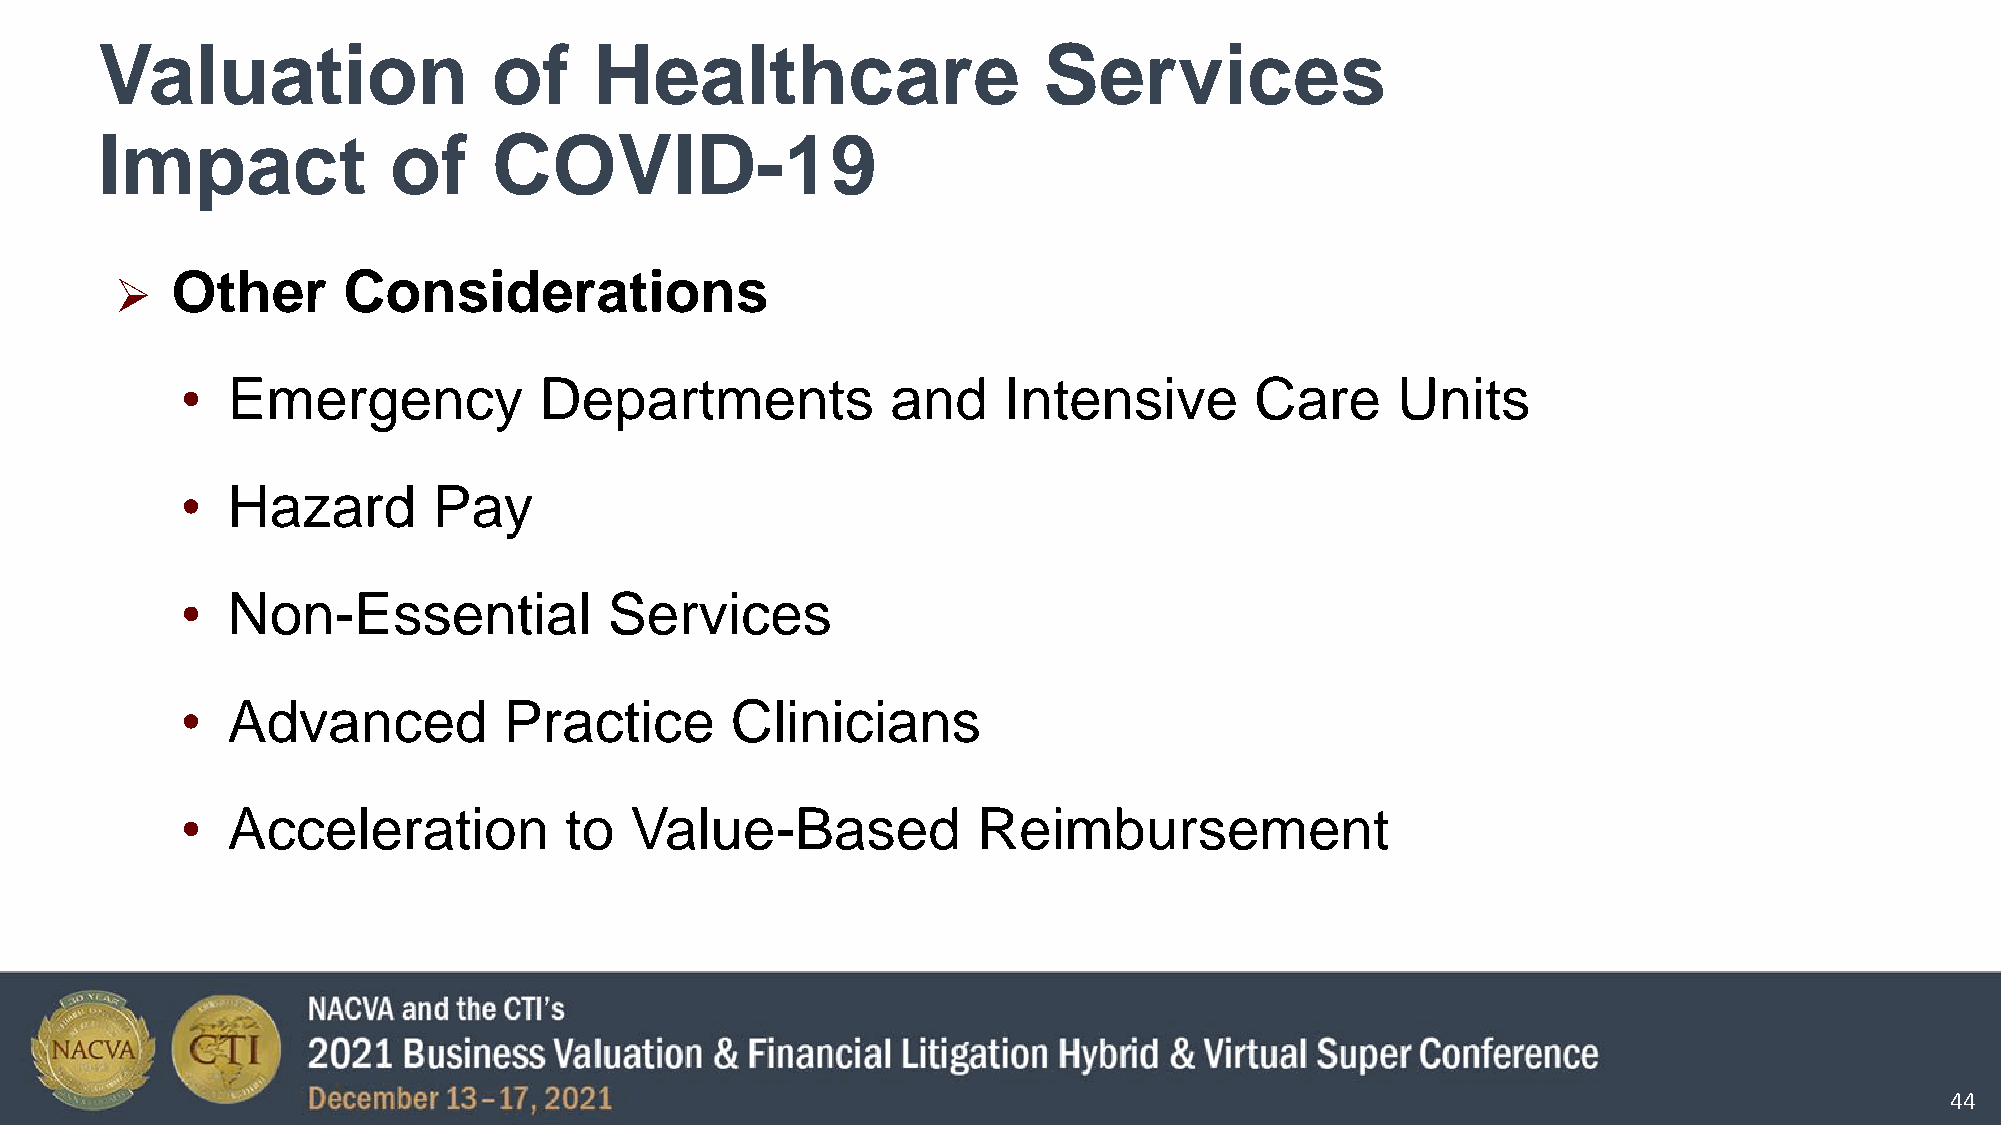
Valuation                  of    Healthcare                    Services
 Impact              of     COVID-19
 Other       Considerations
 
 •  Emergency            Departments            and    Intensive        Care     Units
 •  Hazard        Pay
 •  Non-Essential            Services
 •  Advanced          Practice       Clinicians
 •  Acceleration          to   Value-Based            Reimbursement
 44